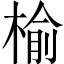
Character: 榆